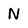
Character: N